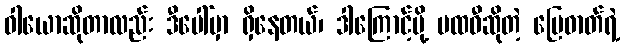
ဝါယောဆိုတာလည်း ဒီပေါ်မှာ ရှိနေတယ်၊ ဒါကြောင့်မို့ ပထဝီဆိုတဲ့ မြေဓာတ်ရဲ့